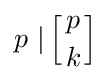
p\ |\left[{p \atop k}\right]